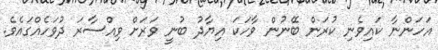
އަހަންނާ ކައިވެނި ކުރަން ބޭނުން ވާހަކަ އިޔާދު ބުނީ ވަރަށް ވިއްސާރަ ދުވަހެއްގައެވެ.